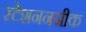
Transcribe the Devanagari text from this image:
स्टेशननजीक